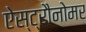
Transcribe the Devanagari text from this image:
ऐस्ट्रौनोमर